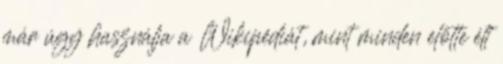
már úgy használja a Wikipédiát, mint minden előtte élt